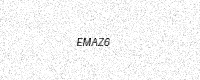
Text: EMAZ6